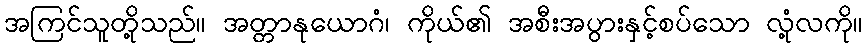
အကြင်သူတို့သည်။ အတ္တာနုယောဂံ၊ ကိုယ်၏ အစီးအပွားနှင့်စပ်သော လုံ့လကို။